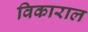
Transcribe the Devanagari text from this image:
विकाराल